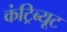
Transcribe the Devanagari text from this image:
कंट्रिब्यूट